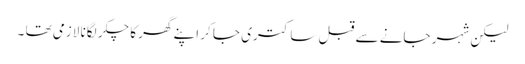
لیکن شہر جانے سے قبل ساکتری جا کر اپنے گھر کا چکر لگانا لازمی تھا ۔